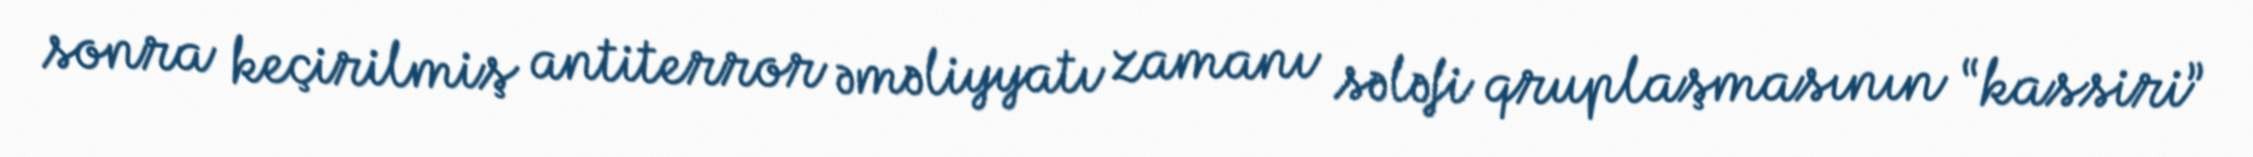
sonra keçirilmiş antiterror əməliyyatı zamanı sələfi qruplaşmasının “kassiri”